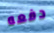
دفعه